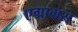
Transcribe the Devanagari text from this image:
एग्राग्रस